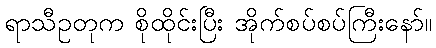
ရာသီဥတုက စိုထိုင်းပြီး အိုက်စပ်စပ်ကြီးနော်။